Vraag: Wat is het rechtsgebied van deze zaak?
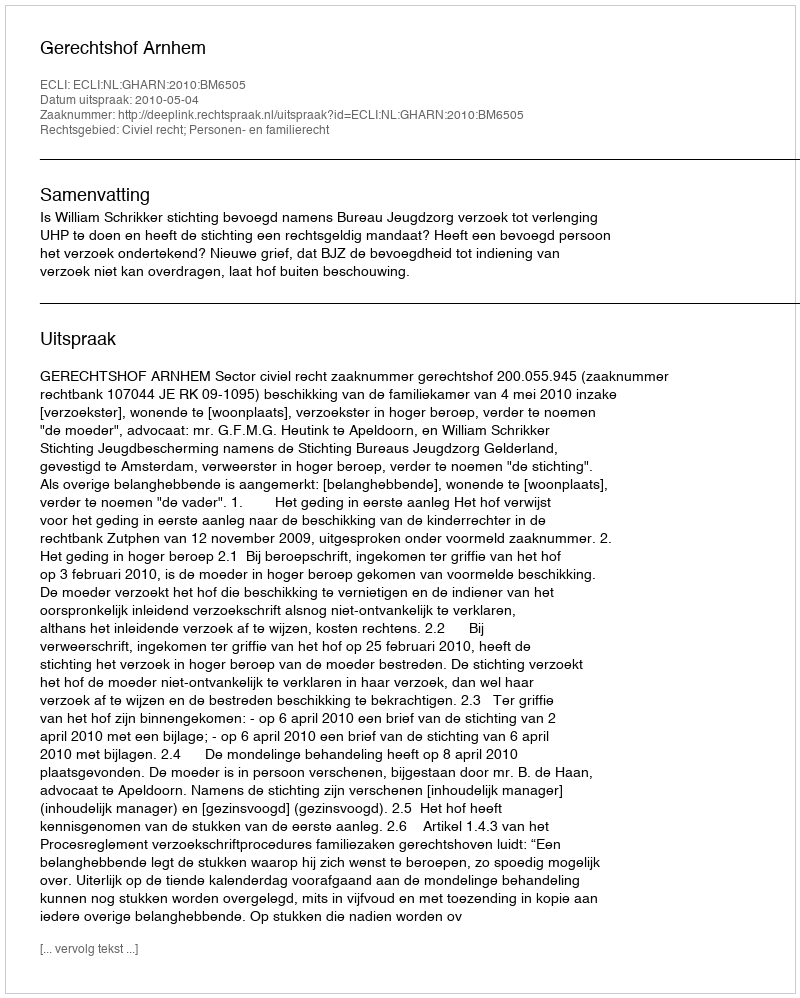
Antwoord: Civiel recht; Personen- en familierecht